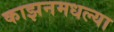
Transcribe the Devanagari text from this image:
काझनमधल्या